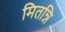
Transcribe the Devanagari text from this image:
मितन्नि